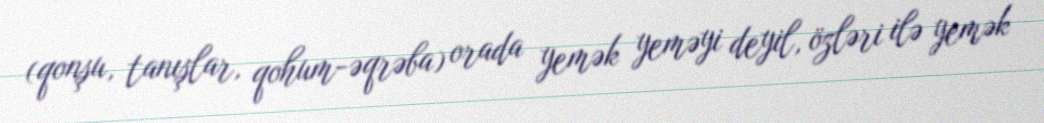
(qonşu, tanışlar, qohum-əqrəba) orada yemək yeməyi deyil, özləri ilə yemək